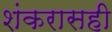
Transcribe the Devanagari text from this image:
शंकरासही